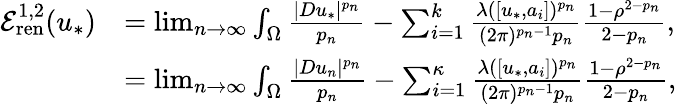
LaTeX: \begin{array}{rl}{\mathcal E_{\mathrm{ren}}^{1,2}(u_{*})}&{=\operatorname*{lim}_{n\to\infty}\int_{\Omega}\frac{|Du_{*}|^{p_{n}}}{p_{n}}-\sum_{i=1}^{k}\frac{\lambda([u_{*},a_{i}])^{p_{n}}}{(2\pi)^{p_{n}-1}p_{n}}\frac{1-\rho^{2-p_{n}}}{2-p_{n}},}\\ &{=\operatorname*{lim}_{n\to\infty}\int_{\Omega}\frac{|Du_{n}|^{p_{n}}}{p_{n}}-\sum_{i=1}^{\kappa}\frac{\lambda([u_{*},a_{i}])^{p_{n}}}{(2\pi)^{p_{n}-1}p_{n}}\frac{1-\rho^{2-p_{n}}}{2-p_{n}},}\end{array}